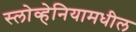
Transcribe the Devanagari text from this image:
स्लोव्हेनियामधील